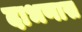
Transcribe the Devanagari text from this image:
दाभणास